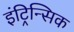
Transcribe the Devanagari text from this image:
इंट्रिन्सिक